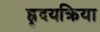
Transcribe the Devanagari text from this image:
ह्रृदयक्रिया